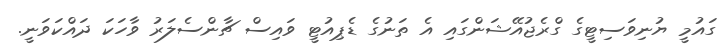
ގައުމީ ޔުނިވަސިޓީގެ ގްރެޖުއޭޝަންގައި އެ ތަނުގެ ޑެޕިއުޓީ ވައިސް ޗާންސެލަރު ވާހަކަ ދައްކަވަނީ.